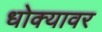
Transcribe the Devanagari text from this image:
धोक्यावर